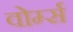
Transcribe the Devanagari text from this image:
वोर्म्स